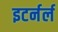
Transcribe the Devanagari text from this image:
इटर्नर्ल